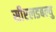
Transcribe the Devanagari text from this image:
सीएलडबल्यु